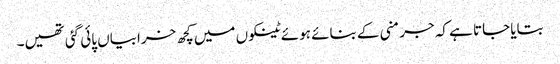
بتایا جاتا ہے کہ جرمنی کے بنائے ہوئے ٹینکوں میں کچھ خرابیاں پائی گئی تھیں۔